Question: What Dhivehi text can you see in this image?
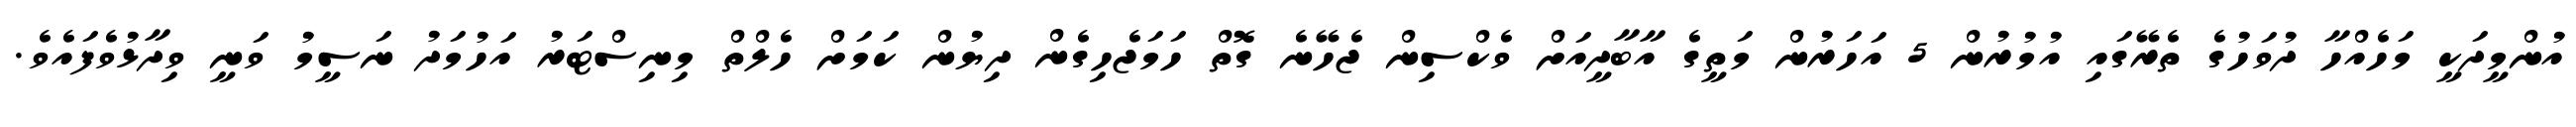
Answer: އުންމީދަކީ މަހެއްހާ ދުވަހުގެ ތެރޭގައި އުމުރުން 5 އަހަރުން މަތީގެ އާބާދީއަށް ވެކްސިން ޖެހޭނެ ގޮތް ހަމަޖެހިގެން ދިޔުން ކަމަށް ހެލްތް މިނިސްޓަރު އަހުމަދު ނަސީމު ވަނީ ވިދާޅުވެފައެވެ.